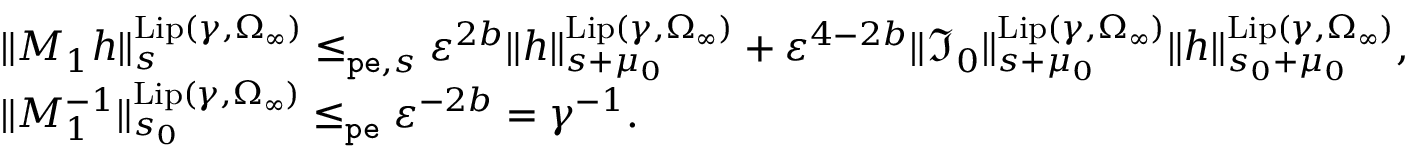
\begin{array} { r l } & { \rVert M _ { 1 } h \rVert _ { s } ^ { \mathrm { L i p } ( \gamma , \Omega _ { \infty } ) } \le _ { \mathtt { p e } , s } \varepsilon ^ { 2 b } \rVert h \rVert _ { s + \mu _ { 0 } } ^ { \mathrm { L i p } ( \gamma , \Omega _ { \infty } ) } + \varepsilon ^ { 4 - 2 b } \rVert \mathfrak { I } _ { 0 } \rVert _ { s + \mu _ { 0 } } ^ { \mathrm { L i p } ( \gamma , \Omega _ { \infty } ) } \rVert h \rVert _ { s _ { 0 } + \mu _ { 0 } } ^ { \mathrm { L i p } ( \gamma , \Omega _ { \infty } ) } , } \\ & { \rVert M _ { 1 } ^ { - 1 } \rVert _ { s _ { 0 } } ^ { \mathrm { L i p } ( \gamma , \Omega _ { \infty } ) } \le _ { \mathtt { p e } } \varepsilon ^ { - 2 b } = \gamma ^ { - 1 } . } \end{array}